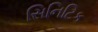
સિનિટિક